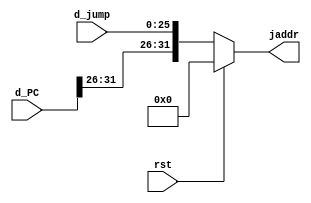
`timescale 1ns / 1ps
//////////////////////////////////////////////////////////////////////////////////
// Company: 
// Engineer: 
// 
// Design Name: 
// Module Name: Jump
// Project Name: 
// Target Devices: 
// Tool Versions: 
// Description: 
// 
// Dependencies: 
// 
// Revision:
// Revision 0.01 - File Created
// Additional Comments:
// 
//////////////////////////////////////////////////////////////////////////////////


module Jump
/*** PARAMETERS ***/
#(parameter
    // WL
    DATA_WL     = 32,
    JUMP_WL     = 26
    
)
/*** IN/OUT ***/
(
    // IN
    input [DATA_WL - 1 : 0]         d_PC,
    input [JUMP_WL - 1 : 0]         d_jump,
    input                           rst,
    // OUT
    output [DATA_WL - 1 : 0]        jaddr
);

    // Concat the top of PC on top of Jump address
    assign jaddr = (rst) ? 0 : {d_PC[31:26], d_jump};
endmodule